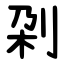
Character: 刴